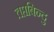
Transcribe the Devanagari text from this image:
तप्तबिन्दु